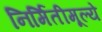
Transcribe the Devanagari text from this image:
निर्मितीमूल्ये